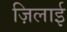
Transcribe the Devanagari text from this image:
ज़िलाई